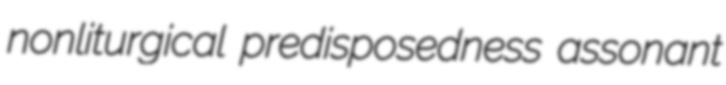
nonliturgical predisposedness assonant